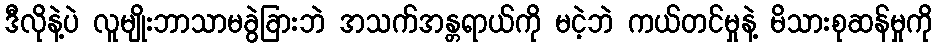
ဒီလိုနဲ့ပဲ လူမျိုးဘာသာမခွဲခြားဘဲ အသက်အန္တရာယ်ကို မငဲ့ဘဲ ကယ်တင်မှုနဲ့ မိသားစုဆန်မှုကို